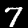
Digit: 7